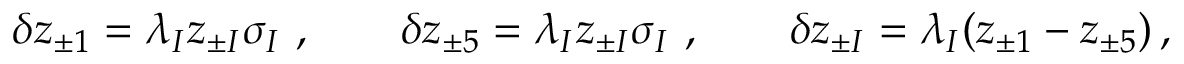
\delta z _ { \pm 1 } = \lambda _ { I } z _ { \pm I } \sigma _ { I } ~ , \qquad \delta z _ { \pm 5 } = \lambda _ { I } z _ { \pm I } \sigma _ { I } ~ , \qquad \delta z _ { \pm I } = \lambda _ { I } ( z _ { \pm 1 } - z _ { \pm 5 } ) \, ,